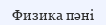
Физика пәні